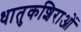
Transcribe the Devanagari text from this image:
धातुकशिराओं